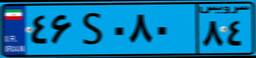
۸۲S۰۶۲۱۰